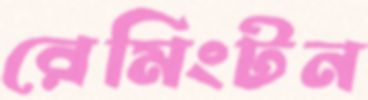
রেমিংটন